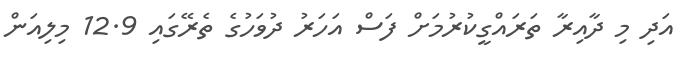
އަދި މި ދާއިރާ ތަރައްގީކުރުމަށް ފަސް އަހަރު ދުވަހުގެ ތެރޭގައި 12.9 މިލިއަން